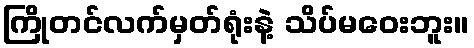
ကြိုတင်လက်မှတ်ရုံးနဲ့ သိပ်မဝေးဘူး။